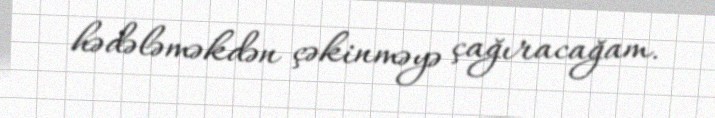
hədələməkdən çəkinməyə çağıracağam.